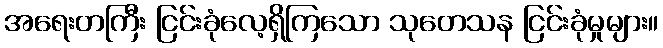
အရေးတကြီး ငြင်းခုံလေ့ရှိကြသော သုတေသန ငြင်းခုံမှုများ။